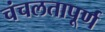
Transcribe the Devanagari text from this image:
चंचलतापूर्ण